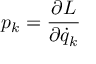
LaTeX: p _ { k } = { \frac { \partial L } { \partial { \dot { q } } _ { k } } }